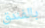
بالفندق